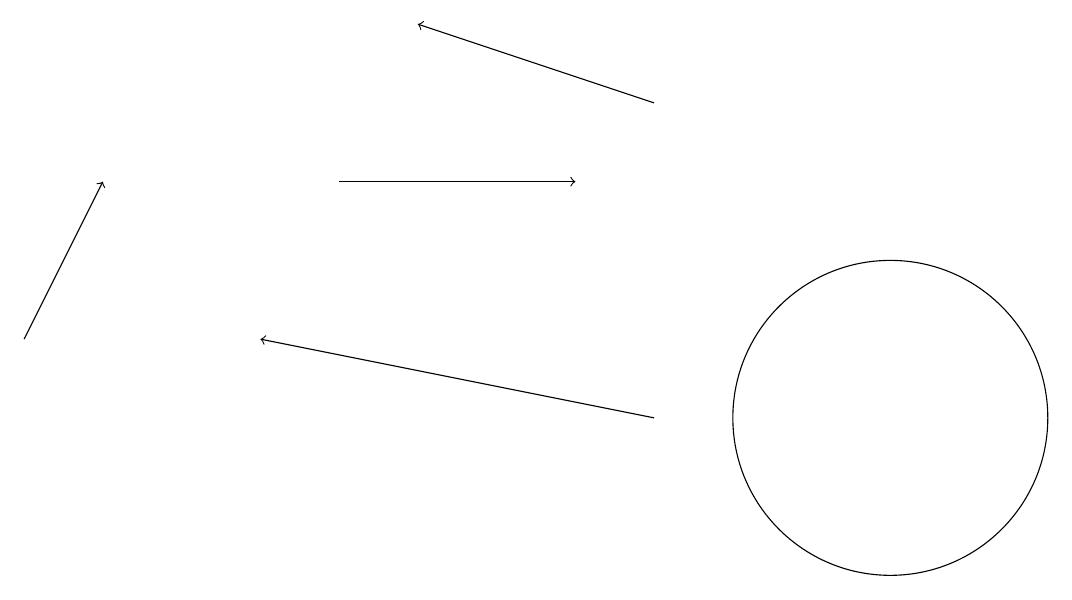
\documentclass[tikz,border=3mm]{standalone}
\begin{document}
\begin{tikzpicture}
\draw[->] (5,13) -- (8,13);
\draw[->] (1,11) -- (2,13);
\draw[->] (9,14) -- (6,15);
\draw[->] (9,10) -- (4,11);
\draw (12,10) circle (2);
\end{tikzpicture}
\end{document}